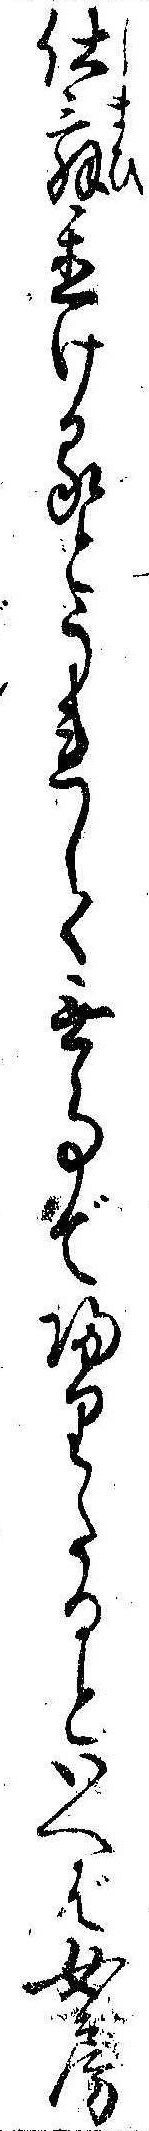
仕舞置けるとうれしく無事で帰りたるといへば女房